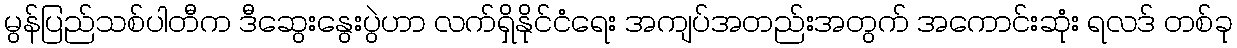
မွန်ပြည်သစ်ပါတီက ဒီဆွေးနွေးပွဲဟာ လက်ရှိနိုင်ငံရေး အကျပ်အတည်းအတွက် အကောင်းဆုံး ရလဒ် တစ်ခု